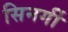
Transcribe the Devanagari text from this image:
सिनर्गी